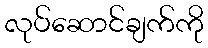
လုပ်ဆောင်ချက်ကို